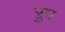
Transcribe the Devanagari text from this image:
ऱुप